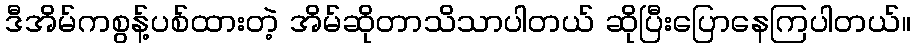
ဒီအိမ်ကစွန့်ပစ်ထားတဲ့ အိမ်ဆိုတာသိသာပါတယ် ဆိုပြီးပြောနေကြပါတယ်။